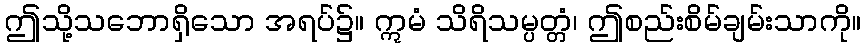
ဤသို့သဘောရှိသော အရပ်၌။ ဣမံ သိရိသမ္ပတ္တံ၊ ဤစည်းစိမ်ချမ်းသာကို။